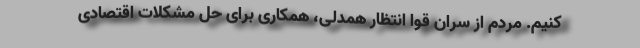
کنیم. مردم از سران قوا انتظار همدلی، همکاری برای حل مشکلات اقتصادی